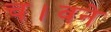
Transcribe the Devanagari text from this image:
च।वने